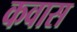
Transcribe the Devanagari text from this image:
कवास